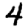
Digit: 4